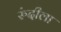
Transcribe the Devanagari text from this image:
रुंदीला